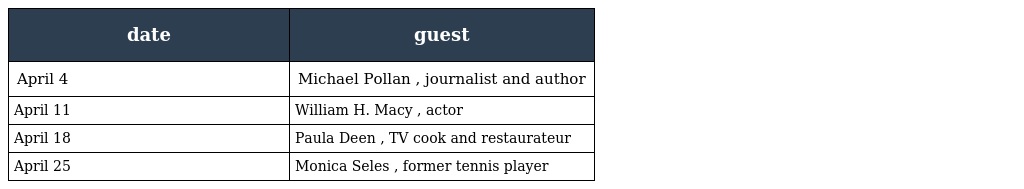
| date | guest |
 | --- | --- |
 | April 4 | Michael Pollan , journalist and author |
 | April 11 | William H. Macy , actor |
 | April 18 | Paula Deen , TV cook and restaurateur |
 | April 25 | Monica Seles , former tennis player |